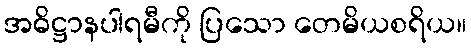
အဓိဋ္ဌာနပါရမီကို ပြသော တေမိယစရိယ။